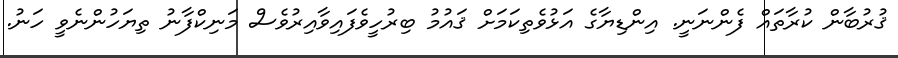
ޤުރުބާން ކުރާތައް ފެންނަނީ. އިންޑިޔާގެ އަޅުވެތިކަމަށް ޤައުމު ބިރުހީވެފައިވާއިރުވެސް މަނިކްފާނު ތިޔަހުންނެވީ ހަނު.